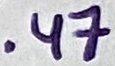
Text: .47